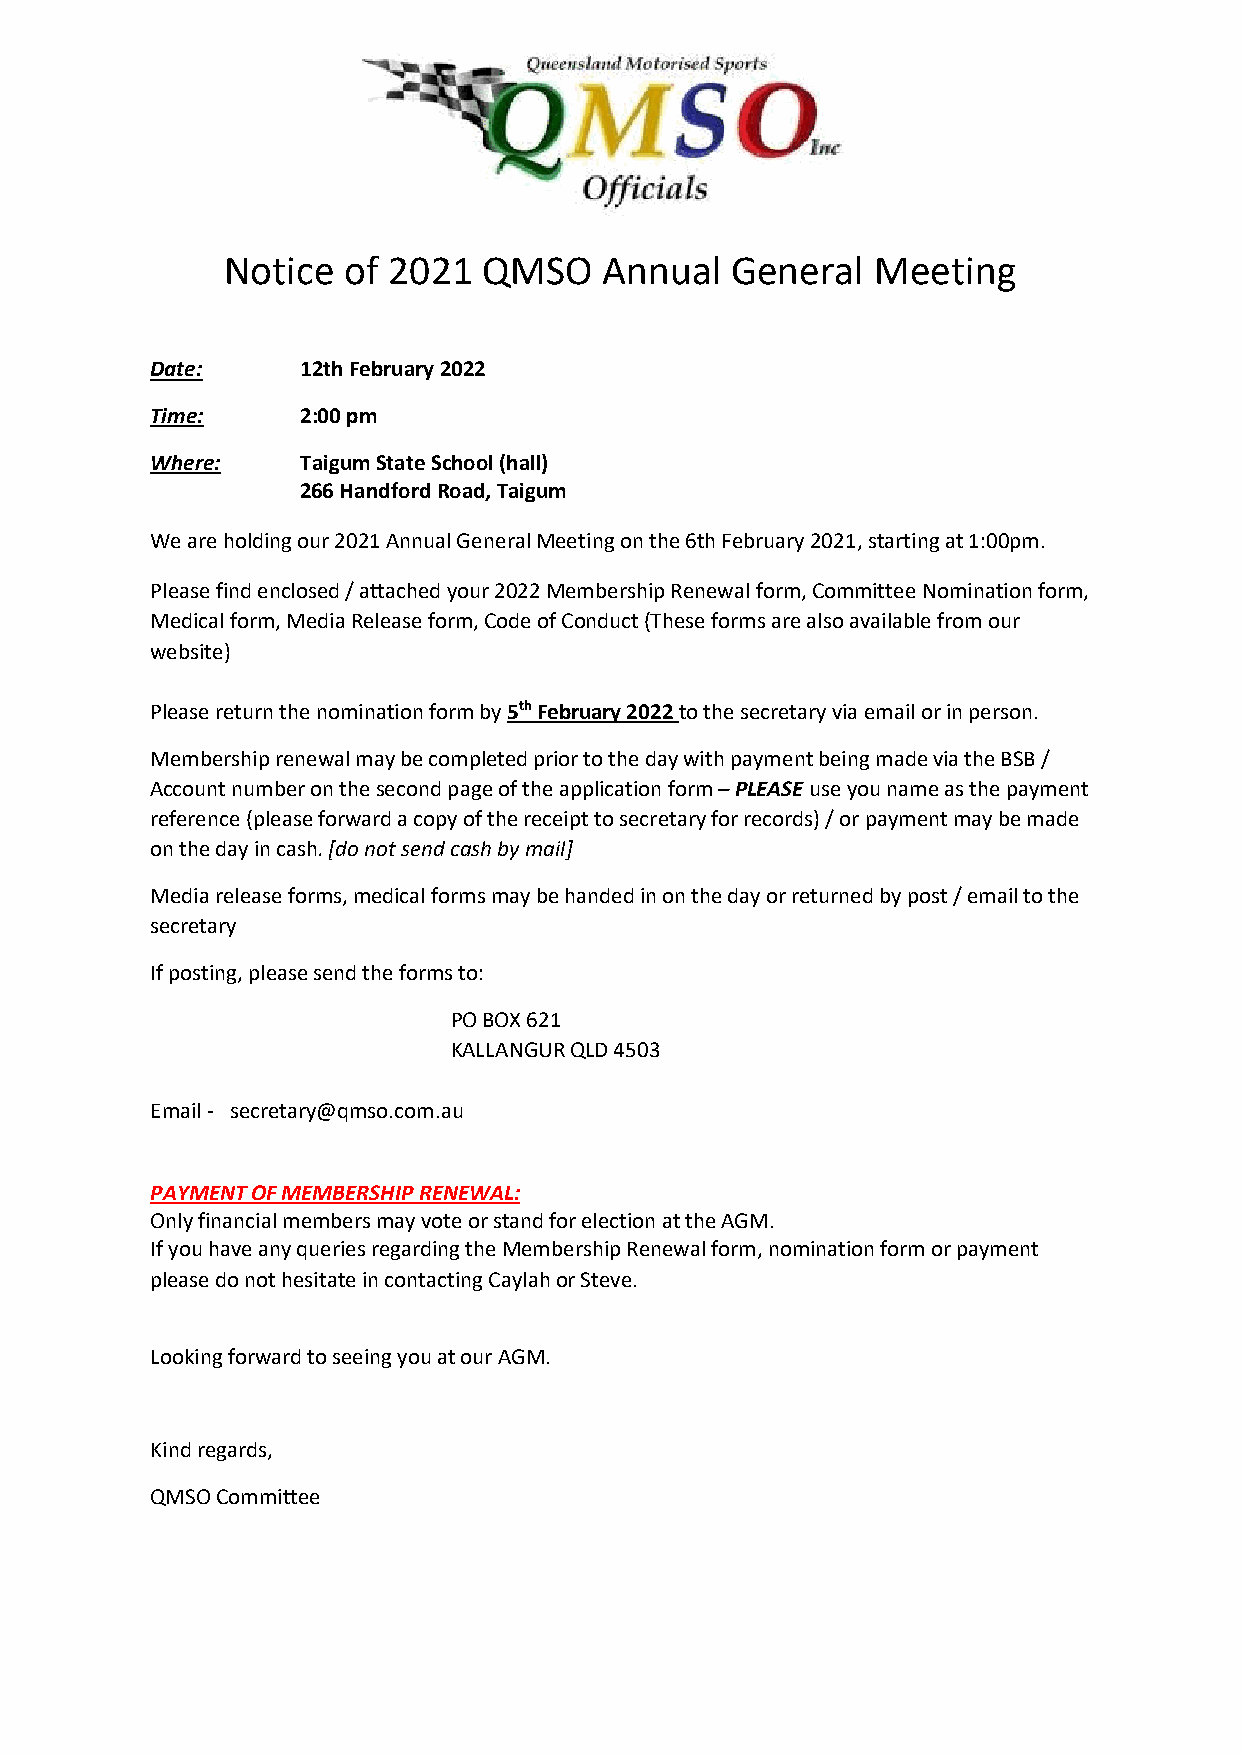
Notice  of 2021  QMSO    Annual  General   Meeting
 Date:     12th February 2022
 Time:     2:00 pm
 Where:    Taigum State School (hall)
 266 Handford Road, Taigum
 We are holding our 2021 Annual General Meeting on the 6th February 2021, starting at 1:00pm.
 Please find enclosed / attached your 2022 Membership Renewal form, Committee Nomination form,
 Medical form, Media Release form, Code of Conduct (These forms are also available from our
 website)
 Please return the nomination form by 5th February 2022 to the secretary via email or in person.
 Membership renewal may be completed prior to the day with payment being made via the BSB /
 Account number on the second page of the application form – PLEASE use you name as the payment
 reference (please forward a copy of the receipt to secretary for records) / or payment may be made
 on the day in cash. [do not send cash by mail]
 Media release forms, medical forms may be handed in on the day or returned by post / email to the
 secretary
 If posting, please send the forms to:
 PO BOX 621
 KALLANGUR QLD 4503
 Email - secretary@qmso.com.au
 PAYMENT OF MEMBERSHIP RENEWAL:
 Only financial members may vote or stand for election at the AGM.
 If you have any queries regarding the Membership Renewal form, nomination form or payment
 please do not hesitate in contacting Caylah or Steve.
 Looking forward to seeing you at our AGM.
 Kind regards,
 QMSO Committee